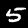
Digit: 5